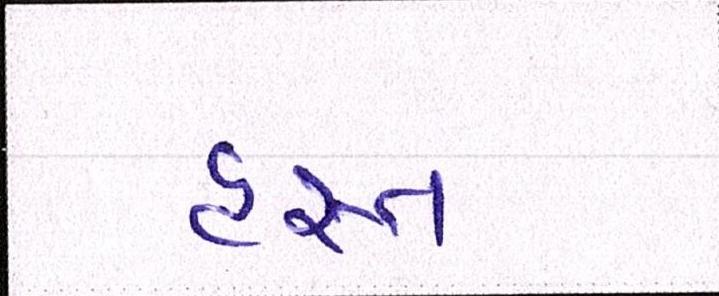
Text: હસ્ત